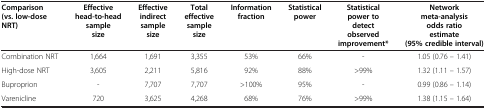
| Comparison (vs. low-dose NRT) | Effective head-to-head sample size | Effective indirect sample size | Total effective sample size | Information fraction | Statistical power | Statistical power to detect observed improvement* | Network meta-analysis odds ratio estimate (95% credible interval) |
 | --- | --- | --- | --- | --- | --- | --- | --- |
 | Combination NRT | 1,664 | 1,691 | 3,355 | 53% | 66% | - | 1.05 (0.76 – 1.41) |
 | High-dose NRT | 3,605 | 2,211 | 5,816 | 92% | 88% | >99% | 1.32 (1.11 – 1.57) |
 | Buproprion | - | 7,707 | 7,707 | >100% | 95% | - | 0.99 (0.86 – 1.14) |
 | Varenicline | 720 | 3,625 | 4,268 | 68% | 76% | >99% | 1.38 (1.15 – 1.64) |